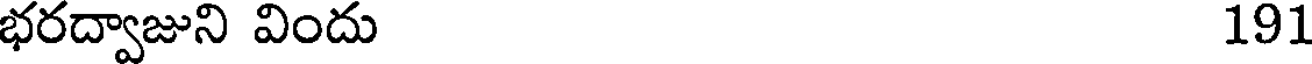
భరద్వాజుని విందు 191